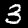
Digit: 3